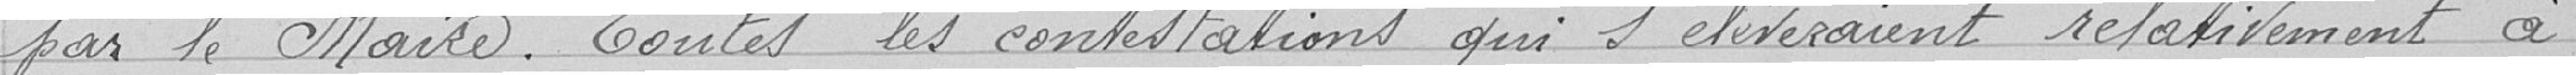
par le Maire. Toutes les contestations qui s'élèveraient relativement à